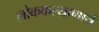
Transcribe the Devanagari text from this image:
लोककल्याणार्थ